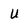
Character: U